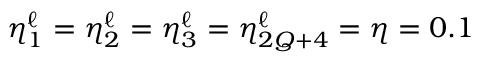
\eta _ { 1 } ^ { \ell } = \eta _ { 2 } ^ { \ell } = \eta _ { 3 } ^ { \ell } = \eta _ { 2 Q + 4 } ^ { \ell } = \eta = 0 . 1